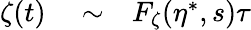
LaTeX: \begin{array}{rlr}{\zeta(t)}&{{}\sim}&{F_{\zeta}(\eta^{\ast},s)\tau}\end{array}